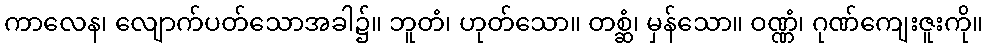
ကာလေန၊ လျောက်ပတ်သောအခါ၌။ ဘူတံ၊ ဟုတ်သော။ တစ္ဆံ၊ မှန်သော။ ဝဏ္ဏံ၊ ဂုဏ်ကျေးဇူးကို။